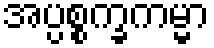
အပ္ပစ္စက္ခကမ္မာ